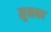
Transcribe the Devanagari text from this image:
मुनका